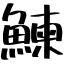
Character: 鰊